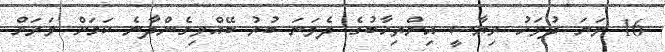
16 ވަނަ ދުވަހު ރިޔާސީ އިންތިޚާބުގެ ދެވަނަ ބުރު ބޭއްވިގެންދާނެ ކަމަށް ވަރަށް